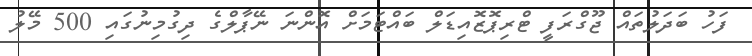
ފަހު ބަދަލުތައް ޖޫގްރަފީ ޓްރިޕޮޒޮއިޑަލް ބައްޓަމަށް އޮންނަ ނޭޕާލްގެ ދިގުމިނުގައި 500 މޭލު